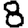
Digit: 8